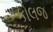
કોલજ